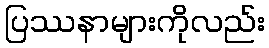
ပြဿနာများကိုလည်း